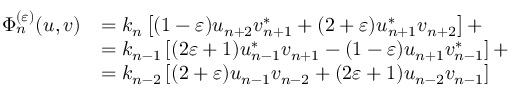
\begin{array} { r l } { \Phi _ { n } ^ { ( \varepsilon ) } ( u , v ) } & { = k _ { n } \left[ ( 1 - \varepsilon ) u _ { n + 2 } v _ { n + 1 } ^ { \ast } + ( 2 + \varepsilon ) u _ { n + 1 } ^ { \ast } v _ { n + 2 } \right] + } \\ & { = k _ { n - 1 } \left[ ( 2 \varepsilon + 1 ) u _ { n - 1 } ^ { \ast } v _ { n + 1 } - ( 1 - \varepsilon ) u _ { n + 1 } v _ { n - 1 } ^ { \ast } \right] + } \\ & { = k _ { n - 2 } \left[ ( 2 + \varepsilon ) u _ { n - 1 } v _ { n - 2 } + ( 2 \varepsilon + 1 ) u _ { n - 2 } v _ { n - 1 } \right] } \end{array}